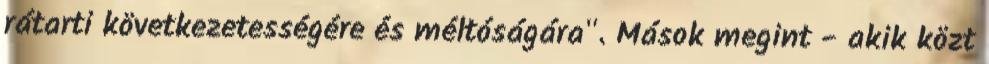
rátarti következetességére és méltóságára". Mások megint - akik közt